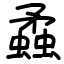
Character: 蟊